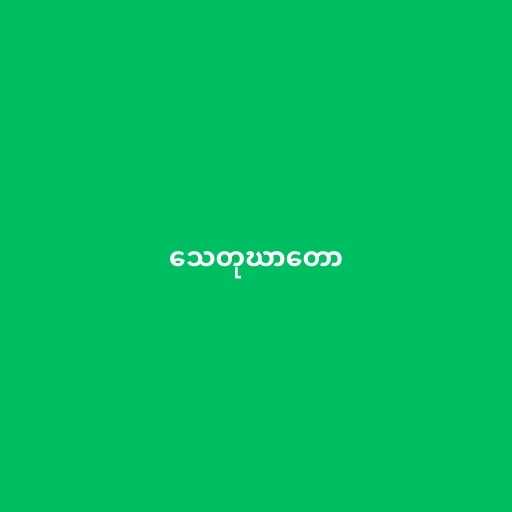
သေတုဃာတော